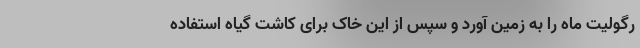
رِگولیت ماه را به زمین آورد و سپس از این خاک برای کاشت گیاه استفاده